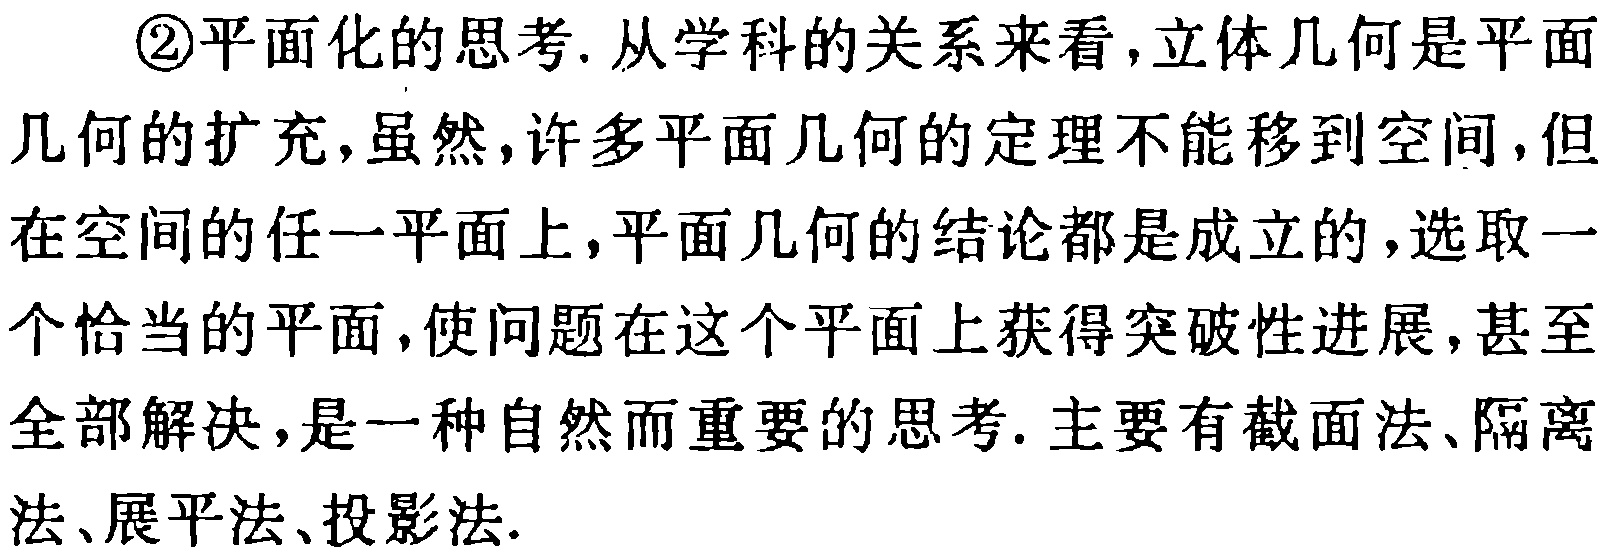
\textcircled{2}平面化的思考. 从学科的关系来看,立体几何是平面几何的扩充,虽然,许多平面几何的定理不能移到空间,但在空间的任一平面上,平面几何的结论都是成立的,选取一个恰当的平面,使问题在这个平面上获得突破性进展,甚至全部解决,是一种自然而重要的思考. 主要有截面法、隔离法、展平法、投影法.